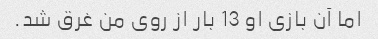
اما آن بازی او 13 بار از روی من غرق شد.